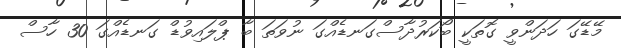
މޭޑޭގަ ހަދަންވީ ގޮތަކީ ބޯކަރުދާސްގަނޑެއްގަ ނުވަތަ ބާ ޕްލައިވުޑް ގަނޑެއްގަ 30 ހާސް